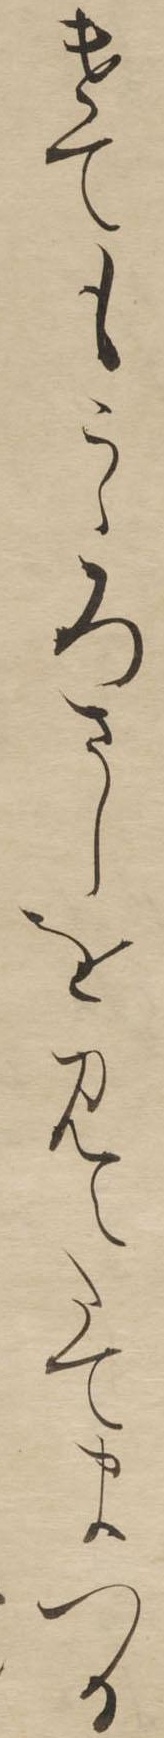
けてもこゝろさしをみえたてまつり